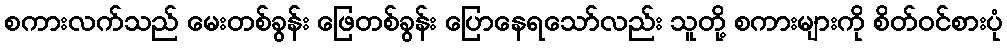
စကားလက်သည် မေးတစ်ခွန်း ဖြေတစ်ခွန်း ပြောနေရသော်လည်း သူတို့ စကားများကို စိတ်ဝင်စားပုံ